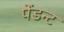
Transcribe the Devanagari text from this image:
पेंडन्ट